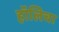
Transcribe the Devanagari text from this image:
हॉलिचा